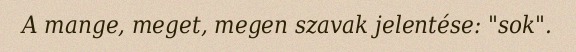
A mange, meget, megen szavak jelentése: "sok".